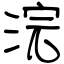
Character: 浣